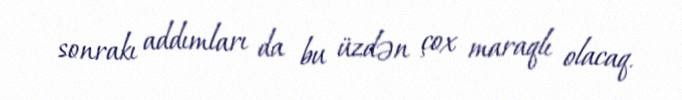
sonrakı addımları da bu üzdən çox maraqlı olacaq.